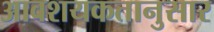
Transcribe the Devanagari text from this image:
आवशयकतानुसार